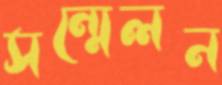
সন্মেলন